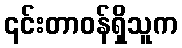
၎င်းတာဝန်ရှိသူက